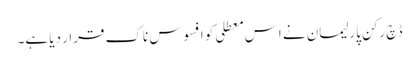
ڈچ رکنِ پارلیمان نے اِس معطلی کو افسوس ناک قرار دیا ہے۔